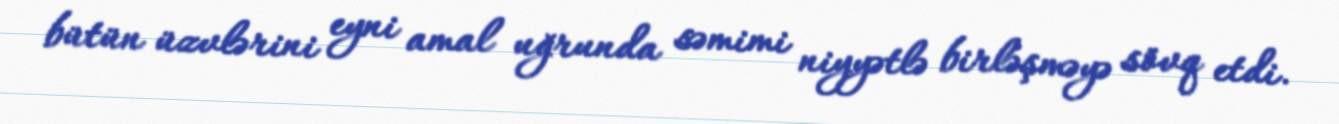
bütün üzvlərini eyni amal uğrunda səmimi niyyətlə birləşməyə sövq etdi.